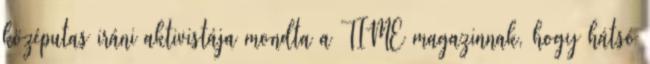
középutas iráni aktivistája mondta a TIME magazinnak, hogy hátsó